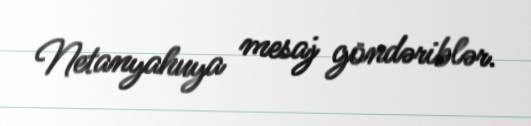
Netanyahuya mesaj göndəriblər.